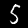
Label: 5